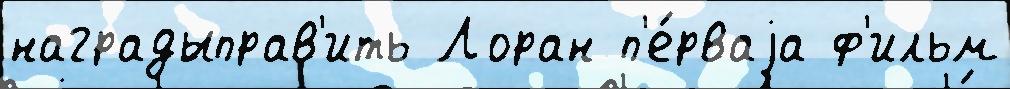
наградыправ'ить Лоран п'е́рваjа ф'ильм